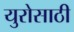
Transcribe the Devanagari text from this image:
युरोसाठी